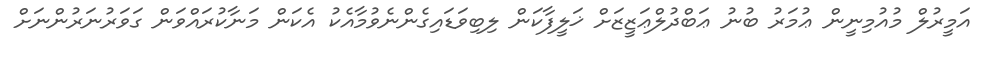
އަމީރުލް މުއުމިނީން ޢުމަރު ބުނު ޢަބްދުލްޢަޒީޒަށް ޚަލީފާކަން ލިބިވަޑައިގެންނެވުމާއެކު އެކަން މަނާކުރައްވަން ގަވަރުނަރުންނަށް